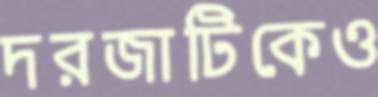
দরজাটিকেও